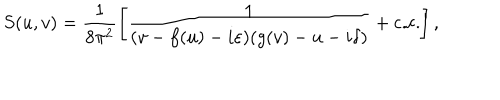
S ( u , v ) = \frac 1 { 8 \pi ^ { 2 } } \left[ \frac { 1 } { ( v - f ( u ) - i \varepsilon ) ( g ( v ) - u - i \delta ) } + \mathrm { c . c . } \right] ,